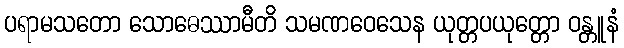
ပရာမသတော သောဓေဿာမီတိ သမဏဝေသေန ယုတ္တပယုတ္တော ဝန္တူနံ